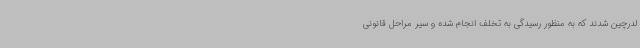
لدرچین شدند که به منظور رسیدگی به تخلف انجام شده و سیر مراحل قانونی